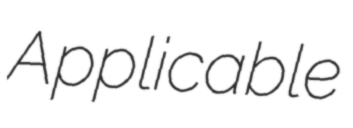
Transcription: Applicable